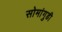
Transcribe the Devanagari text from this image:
सोमांगुडी